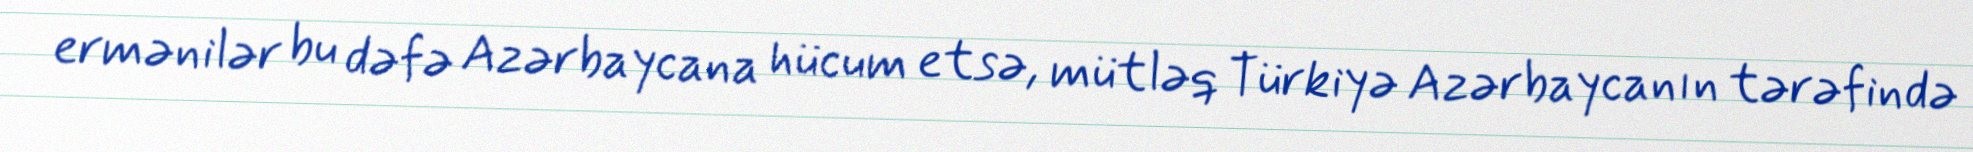
ermənilər bu dəfə Azərbaycana hücum etsə, mütləq Türkiyə Azərbaycanın tərəfində